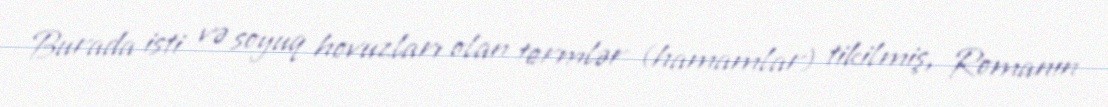
Burada isti və soyuq hovuzları olan termlər (hamamlar) tikilmiş, Romanın